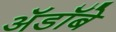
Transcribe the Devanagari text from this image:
ॲडॉबे